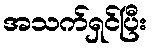
အသက်ရှင်ပြီး